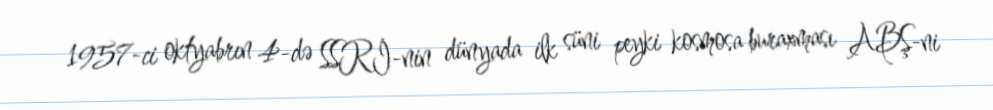
1957-ci oktyabrın 4-də SSRİ-nin dünyada ilk süni peyki kosmosa buraxması ABŞ-ni